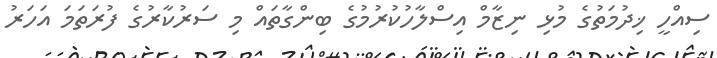
ސިއްހީ ޚިދުމަތުގެ މުޅި ނިޒާމް އިސްލާހުކުރުމުގެ ބިންގާތައް މި ސަރުކާރުގެ ފުރަތަމަ އަހަރު